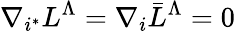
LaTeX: \nabla_{i^{*}}L^{\Lambda}=\nabla_{i}\bar{L}^{\Lambda}=0